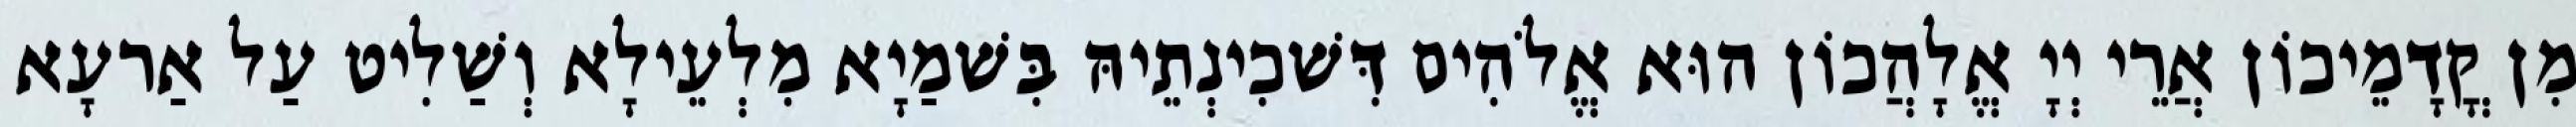
מִן קֳדָמֵיכוֹן אֲרֵי יְיָ אֱלָהֲכוֹן הוּא אֱלֹהִים דִּשׁכִינְתֵיהּ בִּשׁמַיָא מִלְעֵילָא וְשַׁלִיט עַל אַרעָא